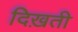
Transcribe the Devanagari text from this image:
दिख़ती